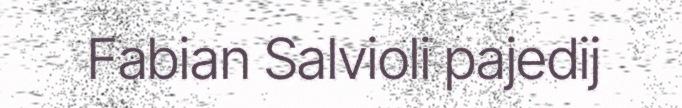
Fabian Salvioli pajedij